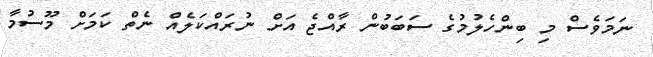
ނަމަވެސް މި ބިންހެލުމުގެ ސަބަބުން ރާއްޖެ އަށް ނުރައްކަލެއް ނެތް ކަމަށް މޫސުމާ